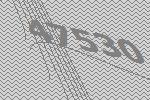
47530